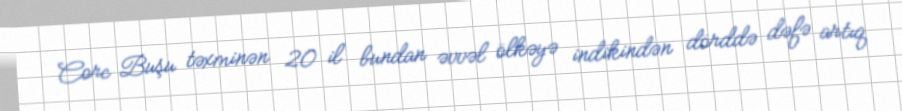
Corc Buşu təxminən 20 il bundan əvvəl ölkəyə indikindən dörddə dəfə artıq